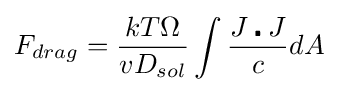
F_{drag}={\frac {kT\Omega }{vD_{sol}}}\int {\frac {J\centerdot J}{c}}dA